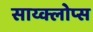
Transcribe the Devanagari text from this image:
साय्क्लोप्स